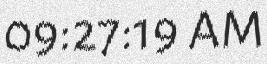
09:27:19 AM